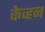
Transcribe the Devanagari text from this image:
केव्हन